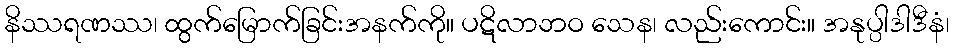
နိဿရဏဿ၊ ထွက်မြောက်ခြင်းအနက်ကို။ ပဋိလာဘဝ သေန၊ လည်းကောင်း။ အနုပ္ပါဒါဒီနံ၊